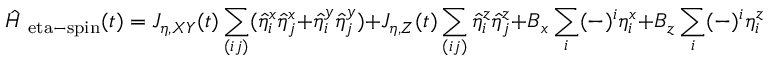
\hat { H } _ { \mathrm { \ e t a - s p i n } } ( t ) = J _ { \eta , X Y } ( t ) \sum _ { ( i j ) } ( \hat { \eta } _ { i } ^ { x } \hat { \eta } _ { j } ^ { x } + \hat { \eta } _ { i } ^ { y } \hat { \eta } _ { j } ^ { y } ) + J _ { \eta , Z } ( t ) \sum _ { ( i j ) } \hat { \eta } _ { i } ^ { z } \hat { \eta } _ { j } ^ { z } + B _ { x } \sum _ { i } ( - ) ^ { i } \eta _ { i } ^ { x } + B _ { z } \sum _ { i } ( - ) ^ { i } \eta _ { i } ^ { z }